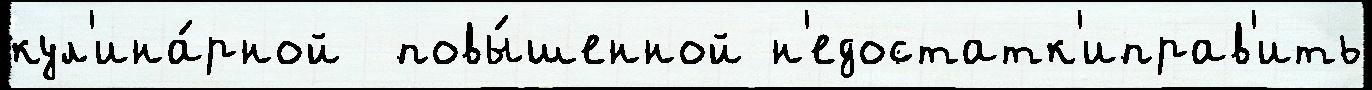
кул'ина́рной  повы́шенной н'едостатк'иправ'ить